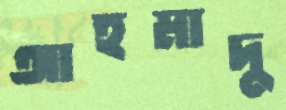
আহমাদু